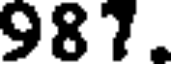
987.